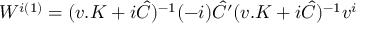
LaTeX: W ^ { i ( 1 ) } = ( v . K + i \hat { C } ) ^ { - 1 } ( - i ) \hat { C } ^ { \prime } ( v . K + i \hat { C } ) ^ { - 1 } v ^ { i }